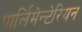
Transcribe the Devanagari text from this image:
पार्लिमेन्टेरियन